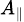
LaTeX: \scriptstyle A_{\parallel}